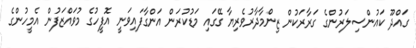
ގައްދޫ ކައުންސިލަރުންގެ ގަރާރަކުން ޒިންމާދާރުވެރިޔާ ގޭގައި މަޑުކުރަން އަންގާފައިވަނީ އޮފީހުގެ މުވައްޒަފުން އެމީހުންގެ